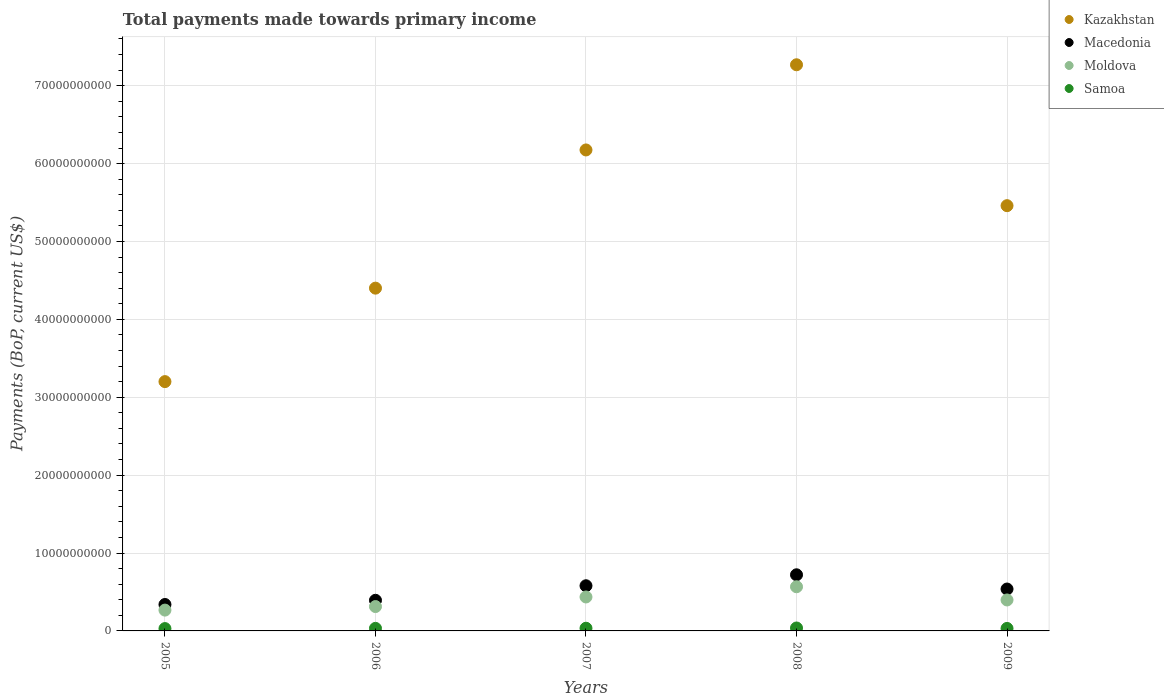
| Years | Kazakhstan | Macedonia | Moldova | Samoa |
 | --- | --- | --- | --- | --- |
 | 2005 | 3.2e+10 | 3.39e+09 | 2.67e+09 | 3e+08 |
 | 2006 | 4.4e+10 | 3.93e+09 | 3.13e+09 | 3.29e+08 |
 | 2007 | 6.18e+10 | 5.8e+09 | 4.36e+09 | 3.44e+08 |
 | 2008 | 7.27e+10 | 7.21e+09 | 5.67e+09 | 3.77e+08 |
 | 2009 | 5.46e+10 | 5.38e+09 | 3.97e+09 | 3.2e+08 |